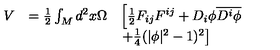
\begin{array} { l l l } { V } & { = \frac { 1 } { 2 } \int _ { M } d ^ { 2 } x \Omega } & { \left[ \frac { 1 } { 2 } F _ { i j } F ^ { i j } + D _ { i } \phi \overline { { D ^ { i } \phi } } \right. } \\ { } & { } & { \left. + \frac { 1 } { 4 } ( | \phi | ^ { 2 } - 1 ) ^ { 2 } \right] } \\ \end{array}